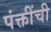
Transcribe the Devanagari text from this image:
पंक्तींची